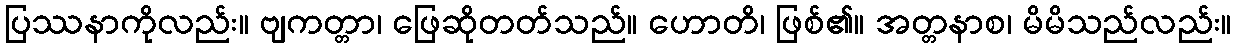
ပြဿနာကိုလည်း။ ဗျကတ္တာ၊ ဖြေဆိုတတ်သည်။ ဟောတိ၊ ဖြစ်၏။ အတ္တနာစ၊ မိမိသည်လည်း။